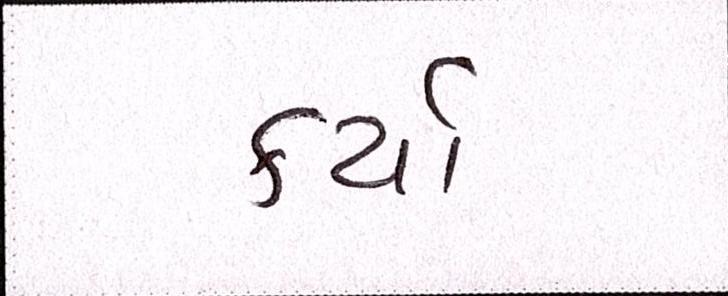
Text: કર્યાં